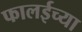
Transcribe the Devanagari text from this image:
फालईच्या